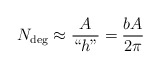
\begin{align*}N_{\rm deg} \approx \frac{A}{``h"}=\frac{bA}{2\pi}\end{align*}